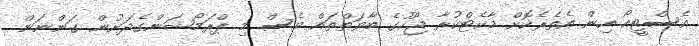
އެސްޓީއޯ އިން އެތެރެކޮށް މާކެޓްކުރާ ޖޫހުގެ ބާވަތްތައް ވެސް މި ޕްރަމޯޝަންގެދަށުން ގަންނަން